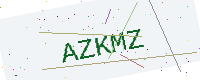
Text: AZKMZ